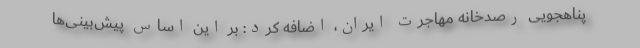
پناهجویی رصدخانه مهاجرت ایران، اضافه کرد: بر این اساس پیش‌بینی‌ها